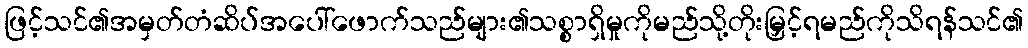
ဖြင့်သင်၏အမှတ်တံဆိပ်အပေါ်ဖောက်သည်များ၏သစ္စာရှိမှုကိုမည်သို့တိုးမြှင့်ရမည်ကိုသိရန်သင်၏